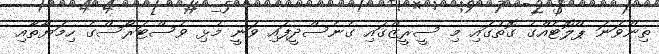
ތިންވަނަ ޕްލޮޓެއްގެ ގޮތުގައި މި ސީރީޒްގައި ގެނެސްދީފައި ވަނީ މުޅި ވެސްޓަރޯސްގެ ހިމަޔާތާއި